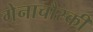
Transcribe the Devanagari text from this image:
गेनाचौस्की